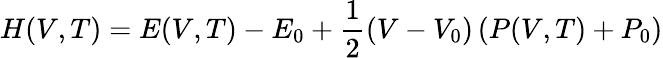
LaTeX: H(V,T)=E(V,T)-E_{0}+\frac{1}{2}\left(V-V_{0}\right)\left(P(V,T)+P_{0}\right)